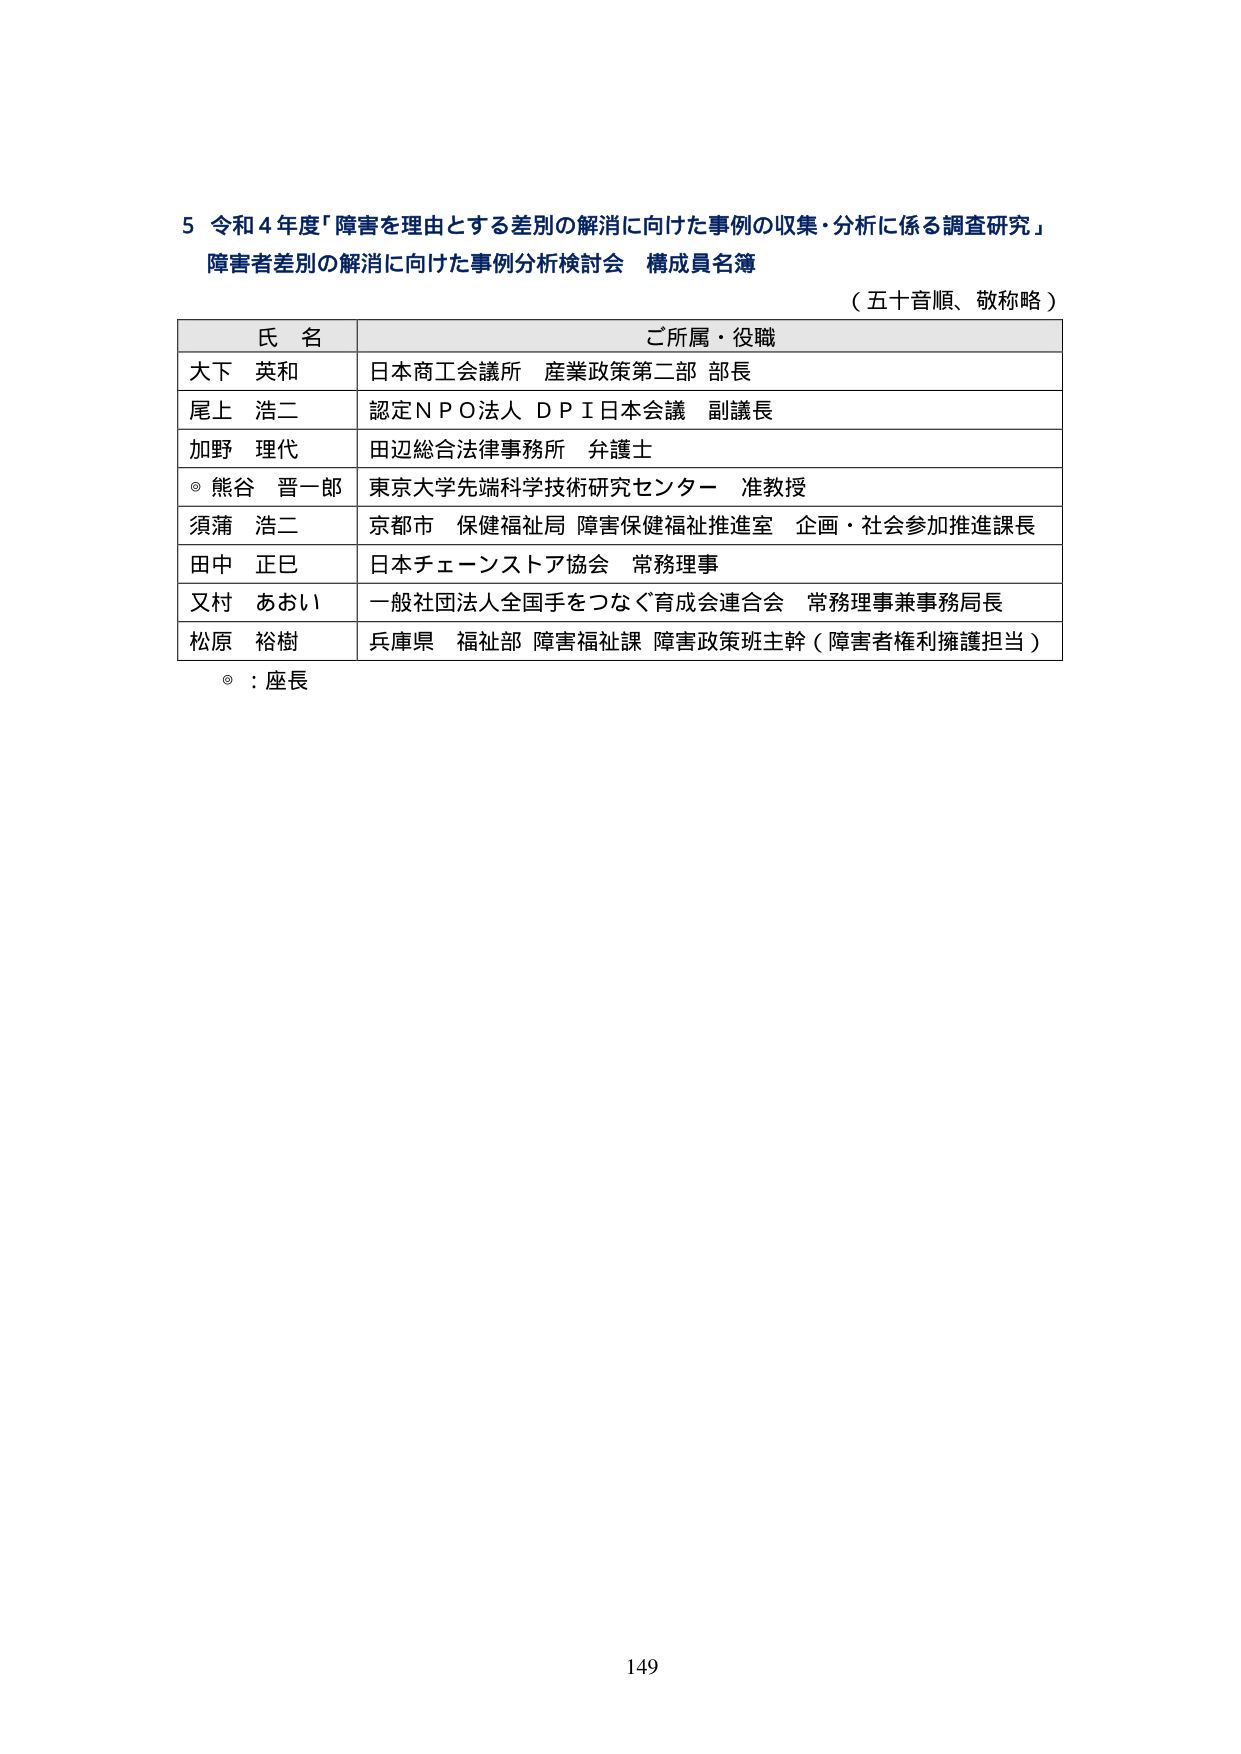
5 令和4年度「障害を理由とする差別の解消に向けた事例の収集・分析に係る調査研究」
障害者差別の解消に向けた事例分析検討会 構成員名簿
（五十音順、敬称略）

氏 名 ご所属・役職
大下 英和 日本商工会議所 産業政策第二部 部長
尾上 浩二 認定ＮＰＯ法人 ＤＰＩ日本会議 副議長
加野 理代 田辺総合法律事務所 弁護士
◎ 熊谷 晋一郎 東京大学先端科学技術研究センター 准教授
須蒲 浩二 京都市 保健福祉局 障害保健福祉推進室 企画・社会参加推進課長
田中 正巳 日本チェーンストア協会 常務理事
又村 あおい 一般社団法人全国手をつなぐ育成会連合会 常務理事兼事務局長
松原 裕樹 兵庫県 福祉部 障害福祉課 障害政策班主幹（障害者権利擁護担当）

◎：座長

149